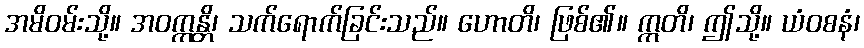
အမိဝမ်းသို့။ အဝက္ကန္တိ၊ သက်ရောက်ခြင်းသည်။ ဟောတိ၊ ဖြစ်၏။ ဣတိ၊ ဤသို့။ ယံဝစနံ၊